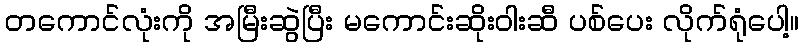
တကောင်လုံးကို အမြီးဆွဲပြီး မကောင်းဆိုးဝါးဆီ ပစ်ပေး လိုက်ရုံပေါ့။